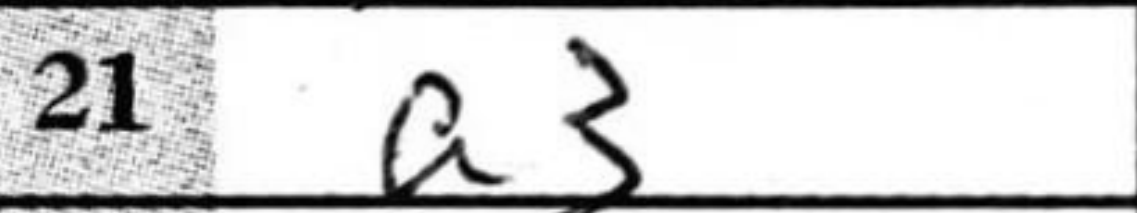
Transcription: a3